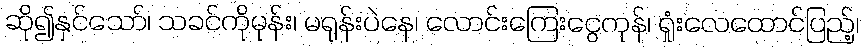
ဆို၍နှင်သော်၊ သခင်ကိုမုန်း၊ မရုန်းပဲနေ၊ လောင်းကြေးငွေကုန်၊ ရှုံးလေထောင်ပြည့်၊